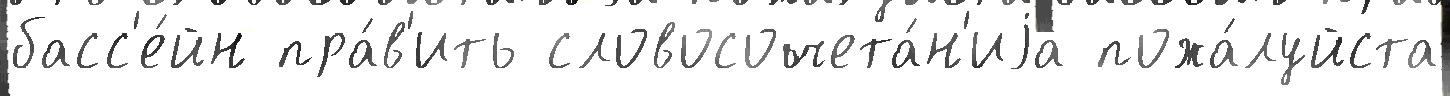
басс'е́йн пра́в'ить словосочета́н'иjа пожа́луйста